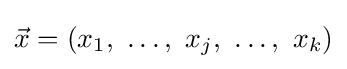
{\vec {x}}=(x_{1},\ \dots ,\ x_{j},\ \dots ,\ x_{k})